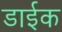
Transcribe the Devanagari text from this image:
डाईक